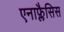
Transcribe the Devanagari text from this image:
एनाफ्लैसिस